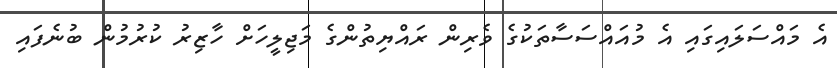
އެ މައްސަލައިގައި އެ މުއައްސަސާތަކުގެ ވެރިން ރައްޔިތުންގެ މަޖިލީހަށް ހާޒިރު ކުރުމުން ބުނެފައި